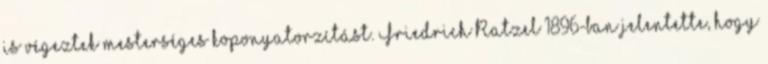
is végeztek mesterséges koponyatorzítást. Friedrich Ratzel 1896-ban jelentette, hogy